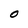
Character: O